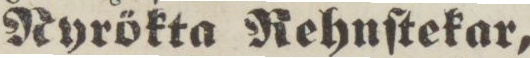
Nyrökta Rehnſtekar,